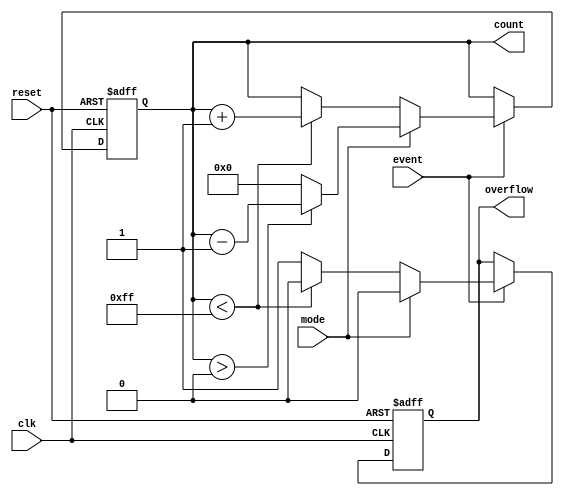
module EventCounter #(
    parameter COUNTER_WIDTH = 8 // Parameter to set the bit-width of the counter
) (
    input wire clk,              // Clock signal
    input wire reset,            // Reset signal
    input wire event,            // Event signal to trigger counting
    input wire mode,             // Mode control: 0 for up, 1 for down
    output reg [COUNTER_WIDTH-1:0] count, // Current count value
    output reg overflow          // Overflow signal
);

    // Initialize count and overflow
    initial begin
        count = 0;
        overflow = 0;
    end

    always @(posedge clk or posedge reset) begin
        if (reset) begin
            count <= 0;           // Reset count to zero
            overflow <= 0;        // Clear overflow signal
        end else if (event) begin
            if (mode == 1'b0) begin // Up counting
                if (count < (2**COUNTER_WIDTH - 1)) begin
                    count <= count + 1; // Increment count
                    overflow <= 0;      // Clear overflow signal
                end else begin
                    overflow <= 1;      // Set overflow signal
                end
            end else begin // Down counting
                if (count > 0) begin
                    count <= count - 1; // Decrement count
                    overflow <= 0;       // Clear overflow signal
                end else begin
                    count <= 0;          // Prevent negative count
                    overflow <= 0;       // Clear overflow signal
                end
            end
        end
    end
endmodule